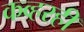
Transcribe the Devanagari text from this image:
कव्हरही